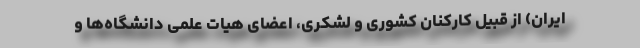
ایران) از قبیل کارکنان کشوری و لشکری، اعضای هیات علمی دانشگاه‌ها و